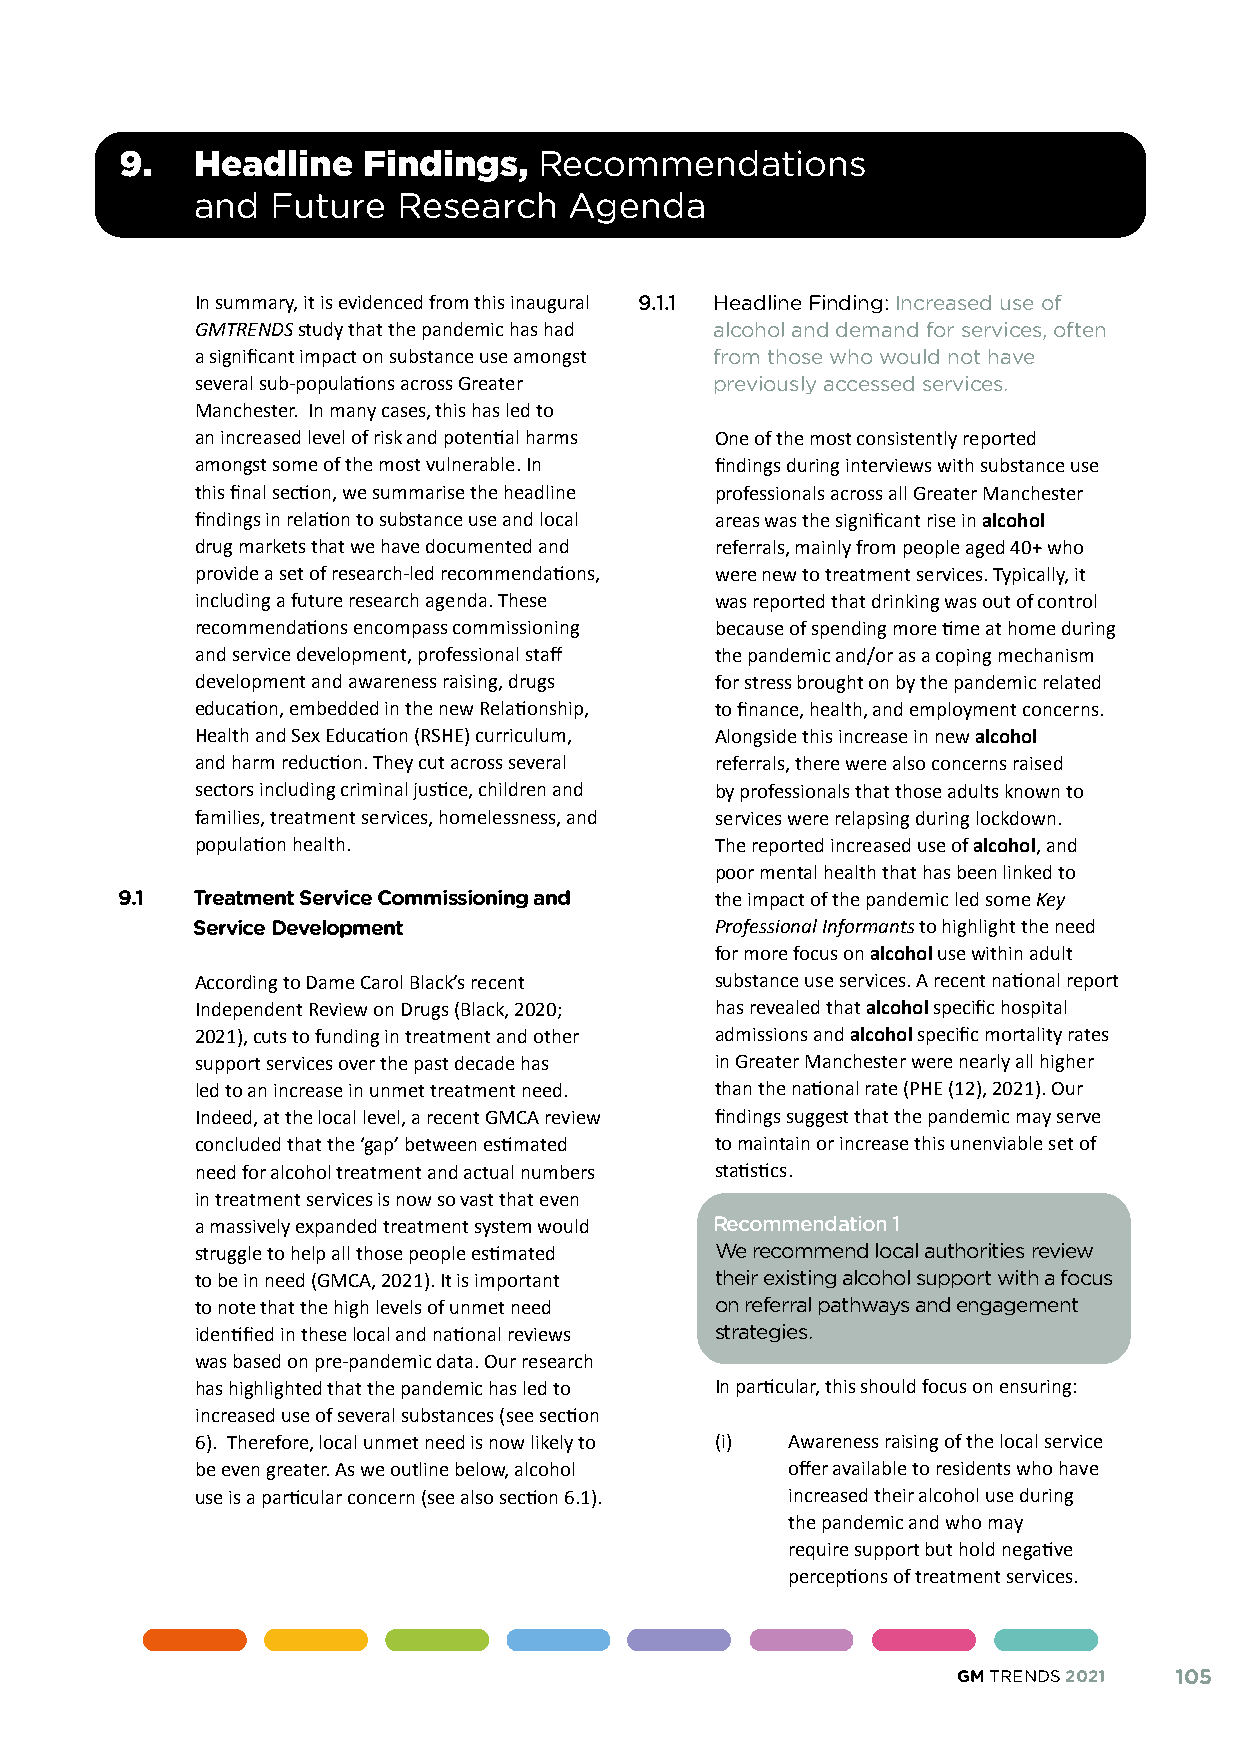
9.   Headline   Findings,   Recommendations
 and  Future  Research    Agenda
 In summary, it is evidenced from this inaugural 9.1.1 Headline Finding: Increased use of
 GMTRENDS study that the pandemic has had alcohol and demand for services, often
 a significant impact on substance use amongst from those who would not have
 several sub-populations across Greater previously accessed services.
 Manchester. In many cases, this has led to
 an increased level of risk and potential harms One of the most consistently reported
 amongst some of the most vulnerable. In findings during interviews with substance use
 this final section, we summarise the headline professionals across all Greater Manchester
 findings in relation to substance use and local areas was the significant rise in alcohol
 drug markets that we have documented and referrals, mainly from people aged 40+ who
 provide a set of research-led recommendations, were new to treatment services. Typically, it
 including a future research agenda. These was reported that drinking was out of control
 recommendations encompass commissioning because of spending more time at home during
 and service development, professional staff the pandemic and/or as a coping mechanism
 development and awareness raising, drugs for stress brought on by the pandemic related
 education, embedded in the new Relationship, to finance, health, and employment concerns.
 Health and Sex Education (RSHE) curriculum, Alongside this increase in new alcohol
 and harm reduction. They cut across several referrals, there were also concerns raised
 sectors including criminal justice, children and by professionals that those adults known to
 families, treatment services, homelessness, and services were relapsing during lockdown.
 population health.                The reported increased use of alcohol, and
 poor mental health that has been linked to
 9.1  Treatment Service Commissioning and the impact of the pandemic led some Key
 Service Development               Professional Informants to highlight the need
 for more focus on alcohol use within adult
 According to Dame Carol Black’s recent substance use services. A recent national report
 Independent Review on Drugs (Black, 2020; has revealed that alcohol specific hospital
 2021), cuts to funding in treatment and other admissions and alcohol specific mortality rates
 support services over the past decade has in Greater Manchester were nearly all higher
 led to an increase in unmet treatment need. than the national rate (PHE (12), 2021). Our
 Indeed, at the local level, a recent GMCA review findings suggest that the pandemic may serve
 concluded that the ‘gap’ between estimated to maintain or increase this unenviable set of
 need for alcohol treatment and actual numbers statistics.
 in treatment services is now so vast that even
 a massively expanded treatment system would Recommendation 1
 struggle to help all those people estimated We recommend local authorities review
 to be in need (GMCA, 2021). It is important their existing alcohol support with a focus
 to note that the high levels of unmet need on referral pathways and engagement
 identified in these local and national reviews strategies.
 was based on pre-pandemic data. Our research
 has highlighted that the pandemic has led to In particular, this should focus on ensuring:
 increased use of several substances (see section
 6). Therefore, local unmet need is now likely to (i) Awareness raising of the local service
 be even greater. As we outline below, alcohol offer available to residents who have
 use is a particular concern (see also section 6.1). increased their alcohol use during
 the pandemic and who may
 require support but hold negative
 perceptions of treatment services.
 GM TRENDS 2021 105